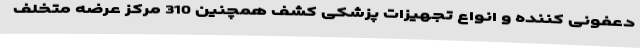
دعفونی کننده و انواع تجهیزات پزشکی کشف همچنین 310 مرکز عرضه متخلف